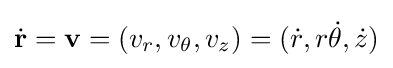
{\dot {\mathbf {r} }}=\mathbf {v} =(v_{r},v_{\theta },v_{z})=({\dot {r}},r{\dot {\theta }},{\dot {z}})